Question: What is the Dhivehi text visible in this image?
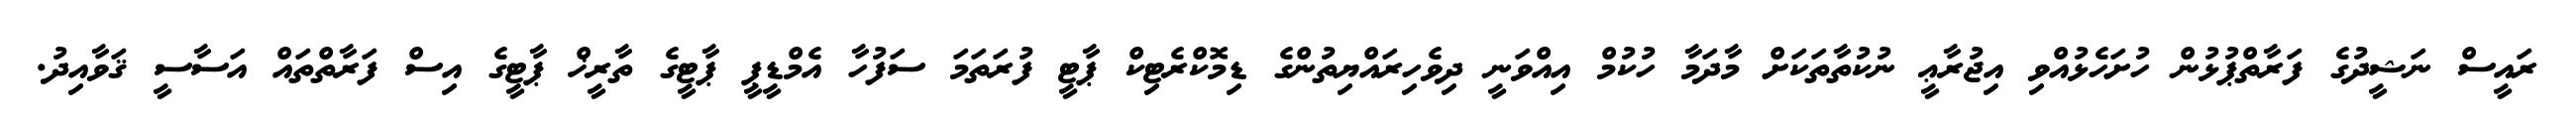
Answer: ރައީސް ނަޝީދުގެ ފަރާތްޕުޅުން ހުށަހެޅުއްވި އިޖުރާޢީ ނުކުތާތަކަށް މާދަމާ ހުކުމް އިއްވަނީ ދިވެހިރައްޔިތުންގެ ޑިމޮކްރެޓިކް ޕާޓީ ފުރަތަމަ ސަފުހާ އެމްޑީޕީ ޕާޓީގެ ތާރީޚް ޕާޓީގެ އިސް ފަރާތްތައް އަސާސީ ޤަވާއިދު.